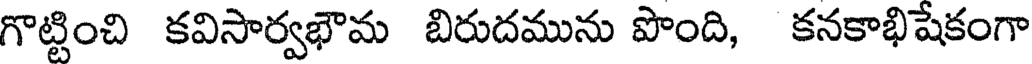
గొట్టించి కవిసార్వభౌమ బిరుదమును పొంది, కనకాభిషేకంగా